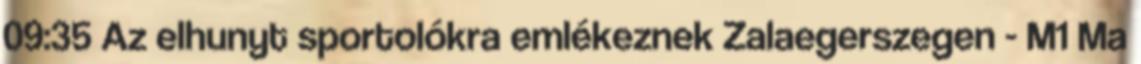
09:35 Az elhunyt sportolókra emlékeznek Zalaegerszegen - M1 Ma